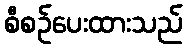
စီစဉ်ပေးထားသည်